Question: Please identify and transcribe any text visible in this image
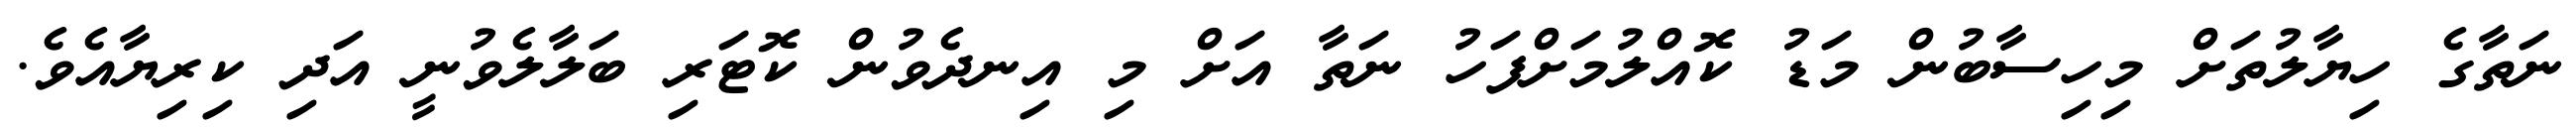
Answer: ނަތާގެ ހިޔާލުތަށް މިހިސާބުން މަޑު ކޮއްލުމަށްފަހު ނަތާ އަށް މި އިނދެވުން ކޮޓަރި ބަލާލެވުނީ އަދި ކިރިޔާއެވެ.